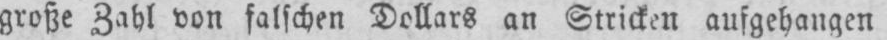
große Zahl von falschen Dollars an Stricken aufgehangen